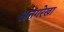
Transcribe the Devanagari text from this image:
अनंगरेखा